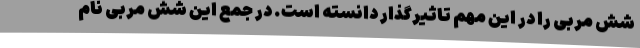
شش مربی را در این مهم تاثیرگذار دانسته است. در جمع این شش مربی نام